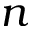
n